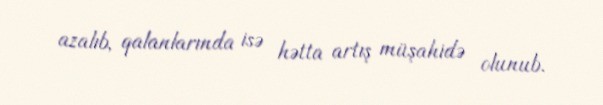
azalıb, qalanlarında isə hətta artış müşahidə olunub.